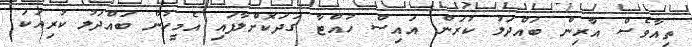
ތިއާވެސް އާރިން ބައްދަލު ކުރަން އައިސް ހުއްޓާ ގަދަކޮށްލާފައި އެމީހުން ބައްދަލު ކުރިއަކަ